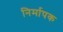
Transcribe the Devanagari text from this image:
निर्मापक